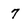
Character: 7